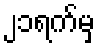
၂၁ရက်မှ